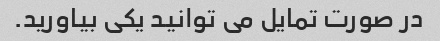
در صورت تمایل می توانید یکی بیاورید.